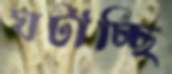
ঘটাচ্ছি